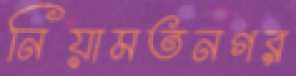
নিয়ামতনগর